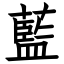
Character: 藍